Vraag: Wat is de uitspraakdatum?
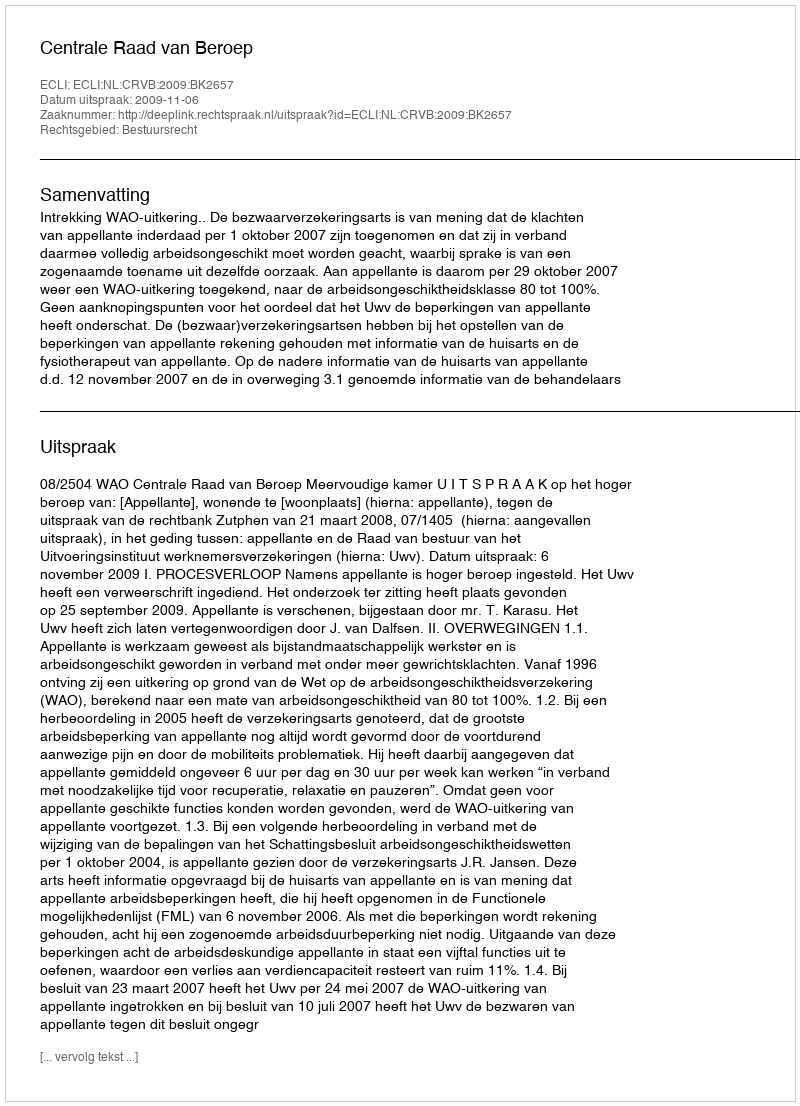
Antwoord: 2009-11-06